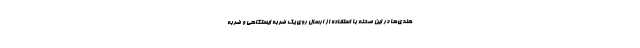
هندی‌ها در این صحنه با استفاده از ارسال روی یک ضربه ایستگاهی و ضربه